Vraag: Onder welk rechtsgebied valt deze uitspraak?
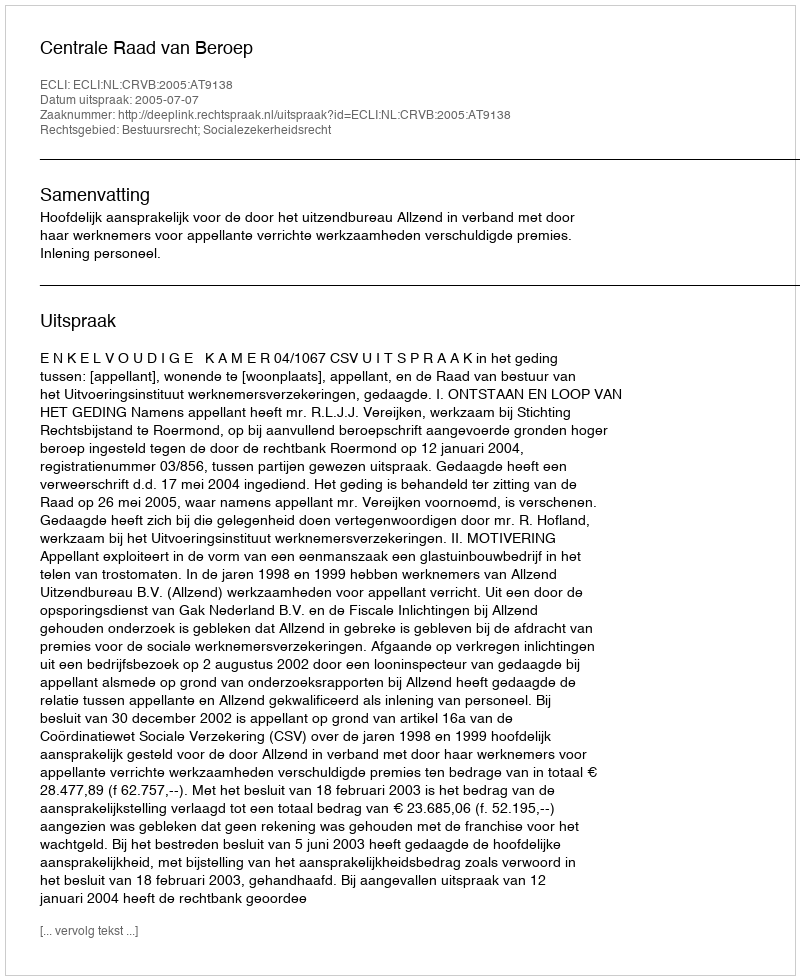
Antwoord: Bestuursrecht; Socialezekerheidsrecht